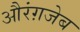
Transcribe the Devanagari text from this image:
औरंग़जेब